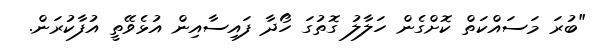
"ބުރަ މަސައްކަތް ކޮށްގެން ހަލާލު ގޮތުގަ ހޯދާ ފައިސާއިން އުޅެވޭތީ އުފާކުރަން.